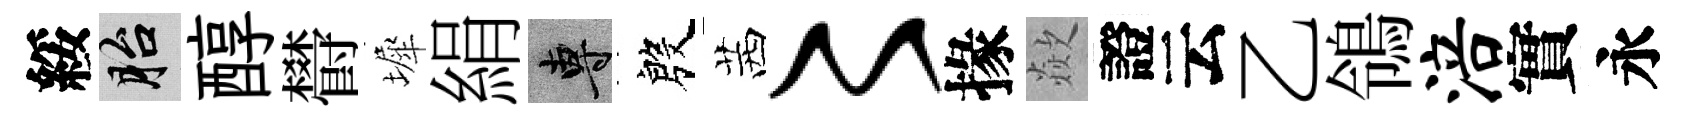
綏胎醇欎墀絹專殷茜〻掾歘證云乙鴒涪實永